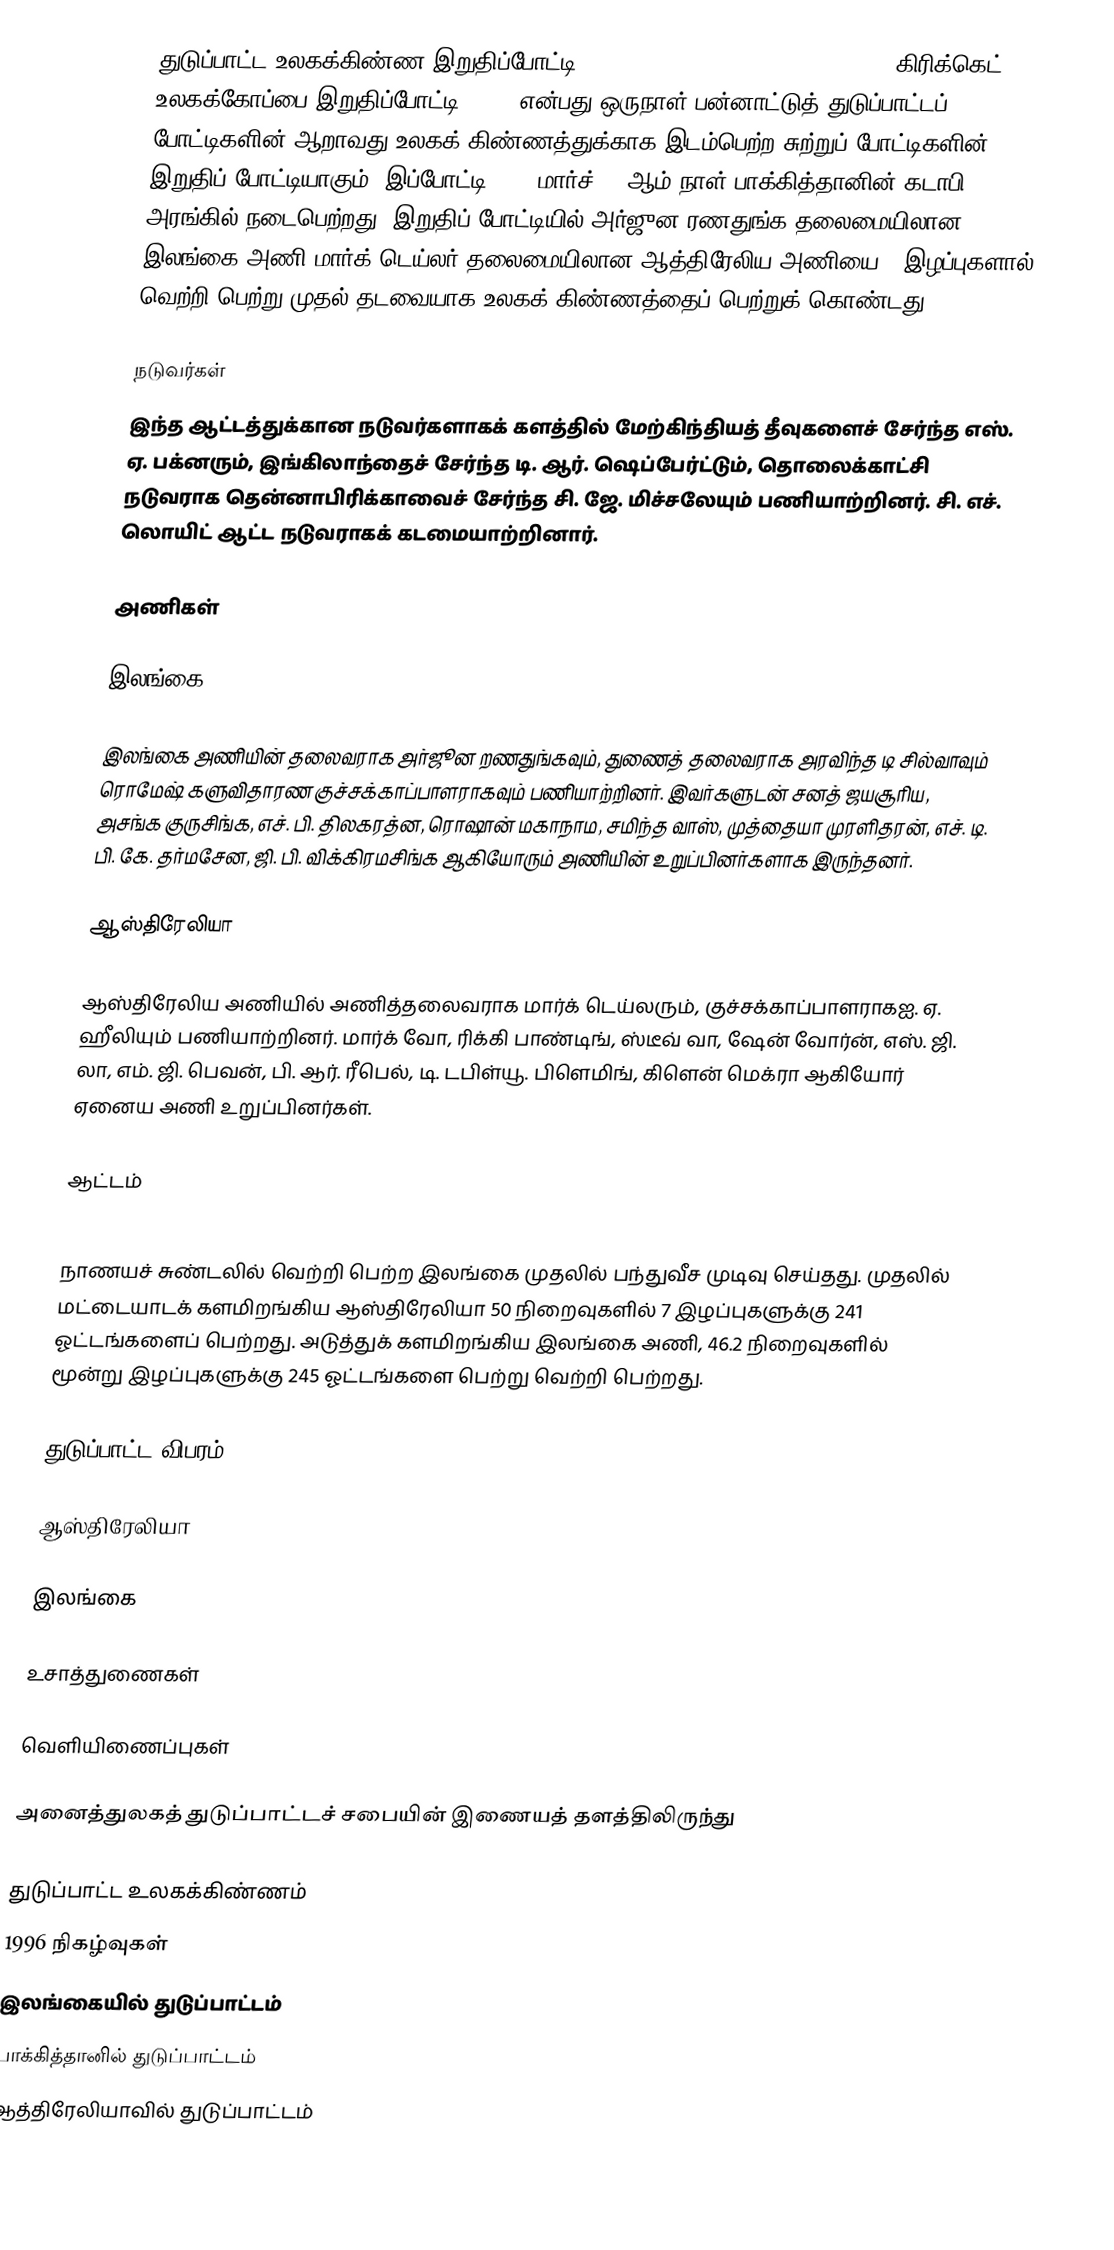
துடுப்பாட்ட உலகக்கிண்ண இறுதிப்போட்டி 1996 (1996 Cricket World Cup Final, கிரிக்கெட் உலகக்கோப்பை இறுதிப்போட்டி 1996) என்பது ஒருநாள் பன்னாட்டுத் துடுப்பாட்டப் போட்டிகளின் ஆறாவது உலகக் கிண்ணத்துக்காக இடம்பெற்ற சுற்றுப் போட்டிகளின் இறுதிப் போட்டியாகும். இப்போட்டி 1996 மார்ச் 17 ஆம் நாள் பாக்கித்தானின் கடாபி அரங்கில் நடைபெற்றது. இறுதிப் போட்டியில் அர்ஜுன ரணதுங்க தலைமையிலான இலங்கை அணி மார்க் டெய்லர் தலைமையிலான ஆத்திரேலிய அணியை 7 இழப்புகளால் வெற்றி பெற்று முதல் தடவையாக உலகக் கிண்ணத்தைப் பெற்றுக் கொண்டது.

நடுவர்கள்
இந்த ஆட்டத்துக்கான நடுவர்களாகக் களத்தில் மேற்கிந்தியத் தீவுகளைச் சேர்ந்த எஸ். ஏ. பக்னரும், இங்கிலாந்தைச் சேர்ந்த டி. ஆர். ஷெப்பேர்ட்டும், தொலைக்காட்சி நடுவராக தென்னாபிரிக்காவைச் சேர்ந்த சி. ஜே. மிச்சலேயும் பணியாற்றினர். சி. எச். லொயிட் ஆட்ட நடுவராகக் கடமையாற்றினார்.

அணிகள்

இலங்கை

இலங்கை அணியின் தலைவராக அர்ஜூன றணதுங்கவும், துணைத் தலைவராக அரவிந்த டி சில்வாவும் ரொமேஷ் களுவிதாரண குச்சக்காப்பாளராகவும்  பணியாற்றினர். இவர்களுடன் சனத் ஜயசூரிய, அசங்க குருசிங்க, எச். பி. திலகரத்ன, ரொஷான் மகாநாம, சமிந்த வாஸ், முத்தையா முரளிதரன், எச். டி. பி. கே. தர்மசேன, ஜி. பி. விக்கிரமசிங்க ஆகியோரும் அணியின் உறுப்பினர்களாக இருந்தனர்.

ஆஸ்திரேலியா

ஆஸ்திரேலிய அணியில் அணித்தலைவராக மார்க் டெய்லரும், குச்சக்காப்பாளராகஐ. ஏ. ஹீலியும் பணியாற்றினர். மார்க் வோ, ரிக்கி பாண்டிங், ஸ்டீவ் வா, ஷேன் வோர்ன், எஸ். ஜி. லா, எம். ஜி. பெவன், பி. ஆர். ரீபெல், டி. டபிள்யூ. பிளெமிங், கிளென் மெக்ரா ஆகியோர் ஏனைய அணி உறுப்பினர்கள்.

ஆட்டம்

நாணயச் சுண்டலில் வெற்றி பெற்ற இலங்கை முதலில் பந்துவீச முடிவு செய்தது. முதலில் மட்டையாடக் களமிறங்கிய ஆஸ்திரேலியா 50 நிறைவுகளில் 7 இழப்புகளுக்கு 241 ஓட்டங்களைப் பெற்றது. அடுத்துக் களமிறங்கிய இலங்கை அணி, 46.2 நிறைவுகளில் மூன்று இழப்புகளுக்கு 245 ஓட்டங்களை பெற்று வெற்றி பெற்றது.

துடுப்பாட்ட விபரம்

ஆஸ்திரேலியா

இலங்கை

உசாத்துணைகள்

வெளியிணைப்புகள்

 அனைத்துலகத் துடுப்பாட்டச் சபையின் இணையத் தளத்திலிருந்து

துடுப்பாட்ட உலகக்கிண்ணம்
1996 நிகழ்வுகள்
இலங்கையில் துடுப்பாட்டம்
பாக்கித்தானில் துடுப்பாட்டம்
ஆத்திரேலியாவில் துடுப்பாட்டம்